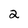
Character: 2